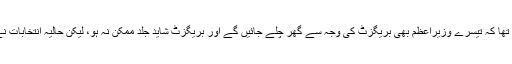
اس طرح پہلے لگ رہا تھا کہ تیسرے وزیراعظم بھی بریگزٹ کی وجہ سے گھر چلے جائیں گے اور بریگزٹ شاید جلد ممکن نہ ہو، لیکن حالیہ انتخابات نے پانسہ یکسر پلٹ دیا ۔